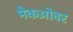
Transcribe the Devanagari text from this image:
मेकओवर